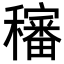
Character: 𥣳